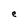
Character: e